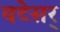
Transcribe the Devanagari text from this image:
बटेसर्